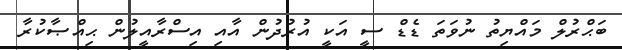
ބަޙްރުލް މައްޔިތު ނުވަތަ ޑެޑް ސީ އަކީ އުރުދުން އާއި އިސްރާއީލުން ޙިއްޞާކުރާ